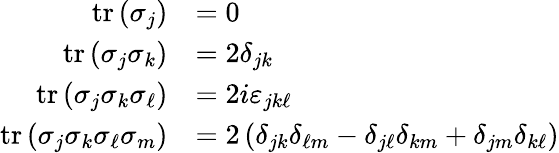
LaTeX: {\begin{array}{rl}{\operatorname{tr}\left(\sigma_{j}\right)}&{=0}\\ {\operatorname{tr}\left(\sigma_{j}\sigma_{k}\right)}&{=2\delta_{jk}}\\ {\operatorname{tr}\left(\sigma_{j}\sigma_{k}\sigma_{\ell}\right)}&{=2i\varepsilon_{jk\ell}}\\ {\operatorname{tr}\left(\sigma_{j}\sigma_{k}\sigma_{\ell}\sigma_{m}\right)}&{=2\left(\delta_{jk}\delta_{\ell m}-\delta_{j\ell}\delta_{km}+\delta_{jm}\delta_{k\ell}\right)}\end{array}}